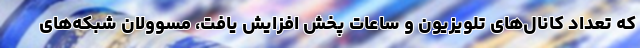
که تعداد کانال‌های تلویزیون و ساعات پخش افزایش یافت، مسوولان شبکه‌های